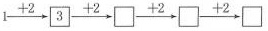
$$1 \xrightarrow { + 2 } \boxed { 3 } \xrightarrow { + 2 } \Box \xrightarrow { + 2 } \Box \xrightarrow { + 2 } \Box$$